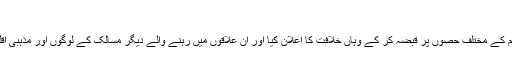
‘‘
شدت پسند تنظیم داعش نے گزشتہ سال عراق و شام کے مختلف حصوں پر قبضہ کر کے وہاں خلافت کا اعلان کیا اور ان علاقوں میں رہنے والے دیگر مسالک کے لوگوں اور مذہبی اقلیتوں کو اپنی قتل و غارت کا نشانہ بنانا شروع کیا۔